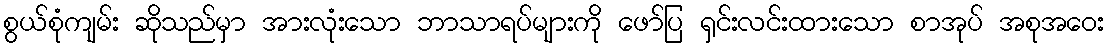
စွယ်စုံကျမ်း ဆိုသည်မှာ အားလုံးသော ဘာသာရပ်များကို ဖော်ပြ ရှင်းလင်းထားသော စာအုပ် အစုအဝေး